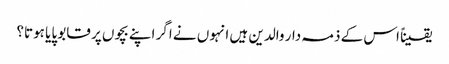
یقیناً اس کے ذمہ دار والدین ہیں انہوں نے اگر اپنے بچوں پر قابو پایا ہوتا؟